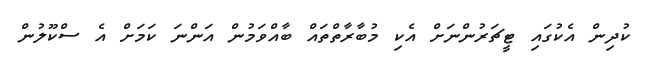
ކުދިން އެކުގައި ޓީޗަރުންނަށް އެކި މުބާރާތްތައް ބާއްވަމުން އަންނަ ކަމަށް އެ ސްކޫލުން